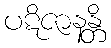
ပဋိဇာနန္တိ